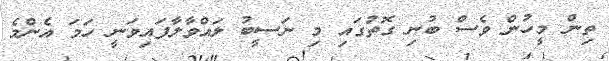
ތިން މީހުން ވެސް ބުނި ގޮތުގައި މި ނަސީބު ލައްވާލާފައިވަނީ ހަމަ އެންމެ